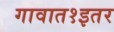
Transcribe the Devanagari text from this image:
गावात१इतर